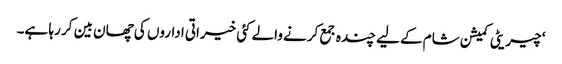
‘ چیریٹی کمیشن شام کے لیے چندہ جمع کرنے والے کئی خیراتی اداروں کی چھان بین کر رہا ہے۔